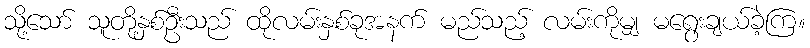
သို့သော် သူတို့နှစ်ဦးသည် ထိုလမ်းနှစ်ခုအနက် မည်သည့် လမ်းကိုမျှ မရွေးချယ်ခဲ့ကြ။